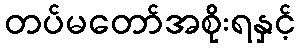
တပ်မတော်အစိုးရနှင့်